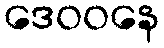
ဒေဝဝနေ